Medical and sanitary report on the native army of Bombay for the year
Year: 1878
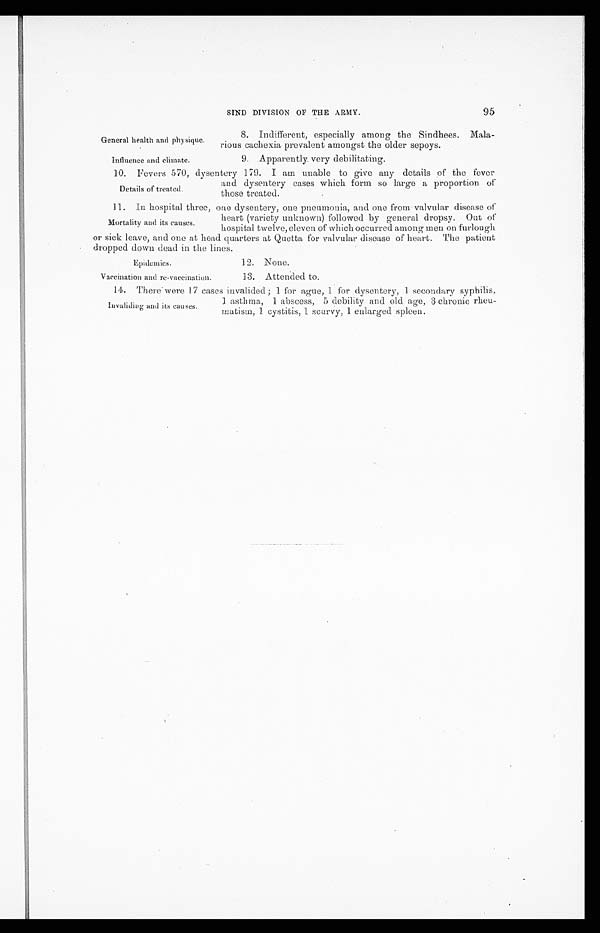
General health and physique.
influence and climate.
SIND DIVISION OF THE ARMY.
95
8. Indifferent, especially among the Sindhees.
Mala-rious cachexia prevalent amongst the older sepoys.
9. Apparently very debilitating.
10. Fevers 570, dysentery 179. I am unable to give any details of the fever
and dysentery cases which form so large a proportion of
those treated.
11. In hospital three, one dysentery, one pneumonia, and one from valvular disease of
heart (variety unknown) followed by general dropsy. Out of
hospital twelve, eleven of which occurred among men on furlough
or sick leave, and one at head quarters at Quetta for valvular disease of heart. The patient
dropped down dead in the lines.
Details of treated,
Mortality and its causes.
Epidemics.
Vaccination and re-vaccination.
12. None.
13. Attended to.
14. There were 17 cases invalided; 1 for ague, 1 for dysentery, 1 secondary syphilis,
1 asthma, 1 abscess, 5 debility and old age, 3 chronic rheu
-matism, 1 cystitis, 1 scurvy, 1 enlarged spleen.
Invaliding and its causes.